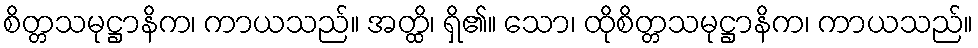
စိတ္တသမုဋ္ဌာနိက၊ ကာယသည်။ အတ္ထိ၊ ရှိ၏။ သော၊ ထိုစိတ္တသမုဋ္ဌာနိက၊ ကာယသည်။